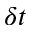
\delta t